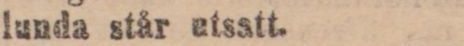
lunda står etsatt.